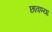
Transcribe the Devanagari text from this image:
छावण्‍या